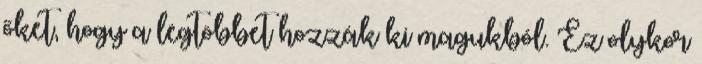
őket, hogy a legtöbbet hozzák ki magukból. Ez olykor